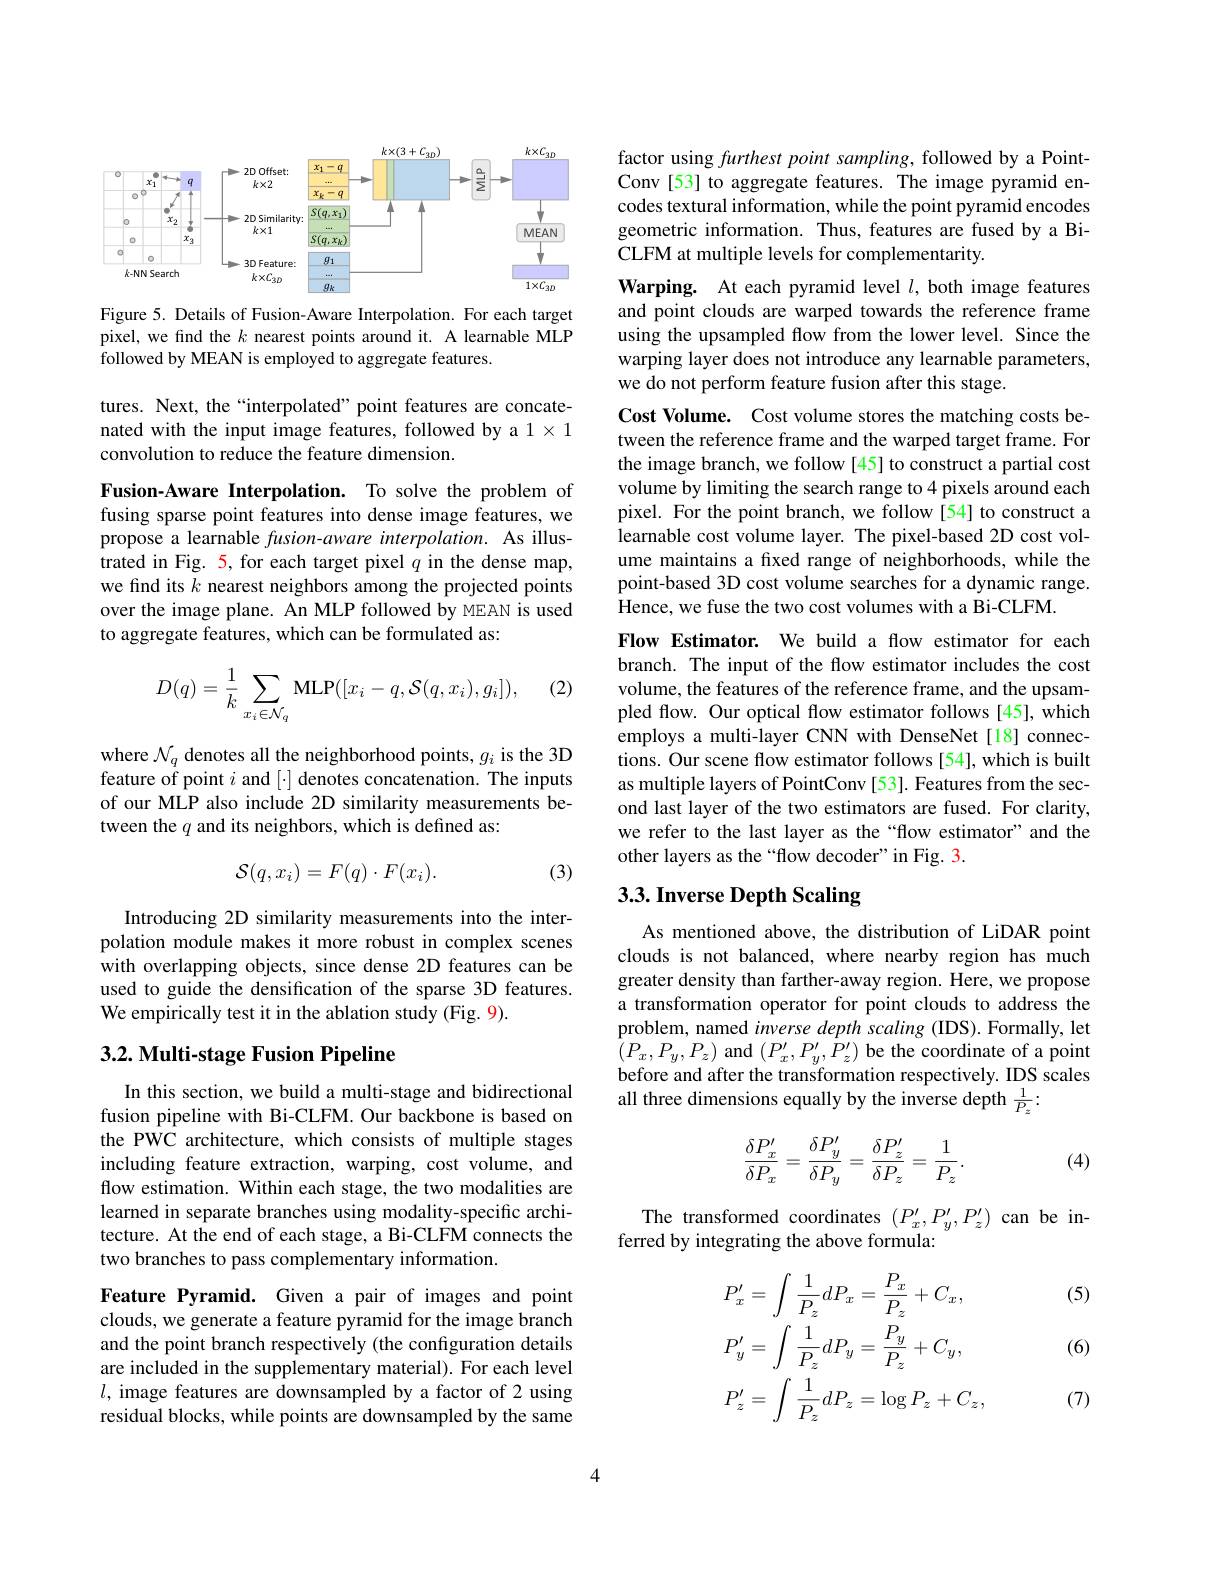
<FigureHere>

Figure 5. Details of Fusion-Aware Interpolation. For each target pixel, we find the $k$ nearest points around it. A learnable MLP followed by MEAN is employed to aggregate features.

tures. Next, the“interpolated”point features are concatenated with the input image features, followed by a 1 $\times1$ convolution to reduce the feature dimension.

Fusion-Aware Interpolation. To solve the problem of fusing sparse point features into dense image features, we propose a learnable fusion-aware interpolation. As illustrated in Fig. 5, for each target pixel $q$ in the dense map, we find its $k$ nearest neighbors among the projected points over the image plane. An MLP followed by MEAN is used to aggregate features, which can be formulated as:

(2)
$$D(q)=\dfrac{1}{k}\sum_{x_i\in\mathcal{N}_q}\text{MLP}([x_i-q,\mathcal{S}(q,x_i),g_i]),$$
where $\mathcal{N}_q$ denotes all the neighborhood points, $g_i$ is the 3D feature of point $i$ and $[\cdot]$ denotes concatenation. The inputs of our MLP also include 2D similarity measurements between the $q$ and its neighbors, which is defined as:
$$\mathcal{S}(q,x_i)=F(q)\cdot F(x_i).$$
(3)

Introducing 2D similarity measurements into the interpolation module makes it more robust in complex scenes with overlapping objects, since dense 2D features can be used to guide the densification of the sparse 3D features. We empirically test it in the ablation study (Fig. 9).

## 3.2. Multi-stage Fusion Pipeline

In this section, we build a multi-stage and bidirectional fusion pipeline with Bi-CLFM.Our backbone is based on the PWC architecture, which consists of multiple stages including feature extraction, warping, cost volume, and flow estimation. Within each stage, the two modalities are learned in separate branches using modality-specific architecture. At the end of each stage, a Bi-CLFM connects the two branches to pass complementary information

Feature Pyramid. Given a pair of images and point clouds, we generate a feature pyramid for the image branch and the point branch respectively (the configuration details are included in the supplementary material). For each level $l$, image features are downsampled by a factor of 2 using residual blocks, while points are downsampled by the same

factor using furthest point sampling, followed by a PointConv [53] to aggregate features. The image pyramid encodes textural information, while the point pyramid encodes geometric information. Thus, features are fused by a BiCLFM at multiple levels for complementarity

Warping. At each pyramid level $l$, both image features and point clouds are warped towards the reference frame using the upsampled flow from the lower level. Since the warping layer does not introduce any learnable parameters, we do not perform feature fusion after this stage.

Cost Volume. Cost volume stores the matching costs between the reference frame and the warped target frame. For the image branch, we follow [45] to construct a partial cost volume by limiting the search range to 4 pixels around each pixel. For the point branch, we follow [54] to construct a learnable cost volume layer. The pixel-based 2D cost volume maintains a fixed range of neighborhoods, while the point-based 3D cost volume searches for a dynamic range. Hence, we fuse the two cost volumes with a Bi-CLFM
Flow Estimator. We build a flow estimator for each branch. The input of the flow estimator includes the cost

volume, the features of the reference frame, and the upsampled flow. Our optical flow estimator follows [45], which employs a multi-layer CNN with DenseNet[18] connections. Our scene flow estimator follows [54], which is built as multiple layers of PointConv [53]. Features from the second last layer of the two estimators are fused. For clarity, we refer to the last layer as the“flow estimator”and the other layers as the“flow decoder”in Fig. 3.

# 3.3. Inverse Depth Scaling

As mentioned above, the distribution of LiDAR point clouds is not balanced, where nearby region has much greater density than farther-away region. Here, we propose a transformation operator for point clouds to address the problem, named inverse depth scaling (IDS). Formally, let $\hat{(}P_{x},P_{y},P_{z})$ and $(P_{x}^{\prime},P_{y}^{\prime},\dot{P}_{z}^{\prime})$ be the coordinate of a point before and after the transformation respectively. IDS scales all three dimensions equally by the inverse depth $\frac{1}{P_z}:$
$$\begin{aligned}\frac{\delta P_x'}{\delta P_x}=\frac{\delta P_y'}{\delta P_y}=\frac{\delta P_z'}{\delta P_z}=\frac{1}{P_z}.\end{aligned}$$
(4)

The transformed coordinates $(P_x^{\prime},P_y^{\prime},P_z^{\prime})$ can be in-
ferred by integrating the above formula:

(5)
$$P_{x}^{\prime}=\int\frac{1}{P_{z}}dP_{x}=\frac{P_{x}}{P_{z}}+C_{x},\\P_{y}^{\prime}=\int\frac{1}{P_{z}}dP_{y}=\frac{P_{y}}{P_{z}}+C_{y},\\P_{z}^{\prime}=\int\frac{1}{P_{z}}dP_{z}=\log P_{z}+C_{z},$$
(6)

(7)